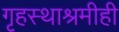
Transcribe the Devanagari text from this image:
गृहस्थाश्रमीही